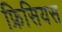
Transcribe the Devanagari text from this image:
फ्रिसियस